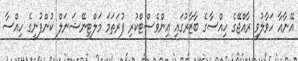
އޭނާއާ ހަވާލުވީ ރާއްޖޭގެ ހިއްސާގެ ބާޒާރުގައި އިންވެސްޓްކުރި ފުރަތަމަ މަލްޓިނޭޝަނަލް ކުންފުނީގެ ހިއްސާ